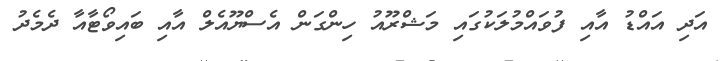
އަދި އައްޑު އާއި ފުވައްމުލަކުގައި މަޝްރޫއު ހިންގަން އެސްޔޫއެލް އާއި ބައިވޯޓާއާ ދެމެދު